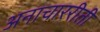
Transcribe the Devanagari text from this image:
अनाचाररीती